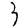
Digit: 3